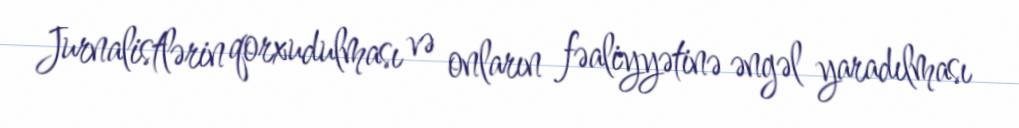
Jurnalistlərin qorxudulması və onların fəaliyyətinə əngəl yaradılması